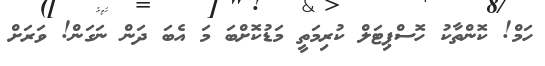
ހަމް! ކޮންތާކު ހޮސްޕިޓަލް ކުރިމަތީ މަޑުކޮށްބަ މަ އެބަ ދަން ނަގަން! ވަރަށް